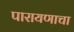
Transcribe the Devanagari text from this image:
पारायणाचा